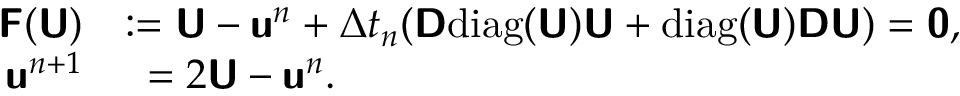
\begin{array} { r l } { \mathbf { \boldsymbol { \mathsf { F } } } ( \mathbf { \boldsymbol { \mathsf { U } } } ) } & { : = \mathbf { \boldsymbol { \mathsf { U } } } - \mathbf { \boldsymbol { \mathsf { u } } } ^ { n } + \Delta t _ { n } ( \mathbf { \boldsymbol { \mathsf { D } } } \mathrm { d i a g } ( \mathbf { \boldsymbol { \mathsf { U } } } ) \mathbf { \boldsymbol { \mathsf { U } } } + \mathrm { d i a g } ( \mathbf { \boldsymbol { \mathsf { U } } } ) \mathbf { \boldsymbol { \mathsf { D } } } \mathbf { \boldsymbol { \mathsf { U } } } ) = \mathbf { \boldsymbol { \mathsf { 0 } } } , } \\ { \mathbf { \boldsymbol { \mathsf { u } } } ^ { n + 1 } } & { \phantom { : } = 2 \mathbf { \boldsymbol { \mathsf { U } } } - \mathbf { \boldsymbol { \mathsf { u } } } ^ { n } . } \end{array}